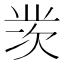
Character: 𱍞